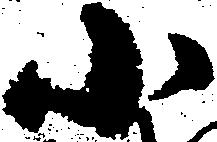
小